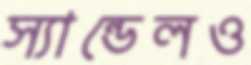
স্যান্ডেলও